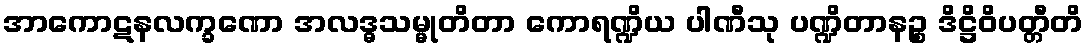
အာကောဋနလက္ခဏော အလဒ္ဓသမ္မုတိတာ ကောရဏ္ဍိယ ပါဏီသု ပဏ္ဍိတာနဉ္စ ဒိဋ္ဌိဝိပတ္တီတိ